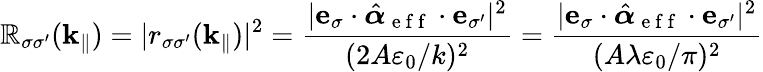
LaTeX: \mathbb{R}_{\sigma\sigma^{\prime}}(\mathbf{{k}}_{\| })=|r_{\sigma\sigma^{\prime}}(\mathbf{{k}}_{\| })|^{2}=\frac{{|\mathbf{{e}}_{\sigma}\cdot\hat{{\boldsymbol{\alpha}}}_{\mathrm{{~e~f~f~}}}\cdot\mathbf{{e}}_{\sigma^{\prime}}|^{2}}}{{(2A\varepsilon_{0}/k)^{2}}}=\frac{{|\mathbf{{e}}_{\sigma}\cdot\hat{{\boldsymbol{\alpha}}}_{\mathrm{{~e~f~f~}}}\cdot\mathbf{{e}}_{\sigma^{\prime}}|^{2}}}{{(A\lambda\varepsilon_{0}/\pi)^{2}}}